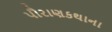
પૌરાણકથાના